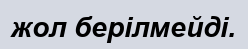
жол берілмейді.